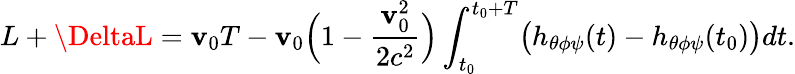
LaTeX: L+\DeltaL=\mathbf{v}_{0}T-\mathbf{v}_{0}\Bigl(1-\frac{{\mathbf{v}_{0}^{2}}}{{2c^{2}}}\Bigr)\int_{t_{0}}^{t_{0}+T}\bigl(h_{\theta\phi\psi}(t)-h_{\theta\phi\psi}(t_{0})\bigr)dt.